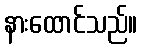
နားထောင်သည်။